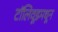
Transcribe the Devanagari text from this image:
टॉलिवूडमधून